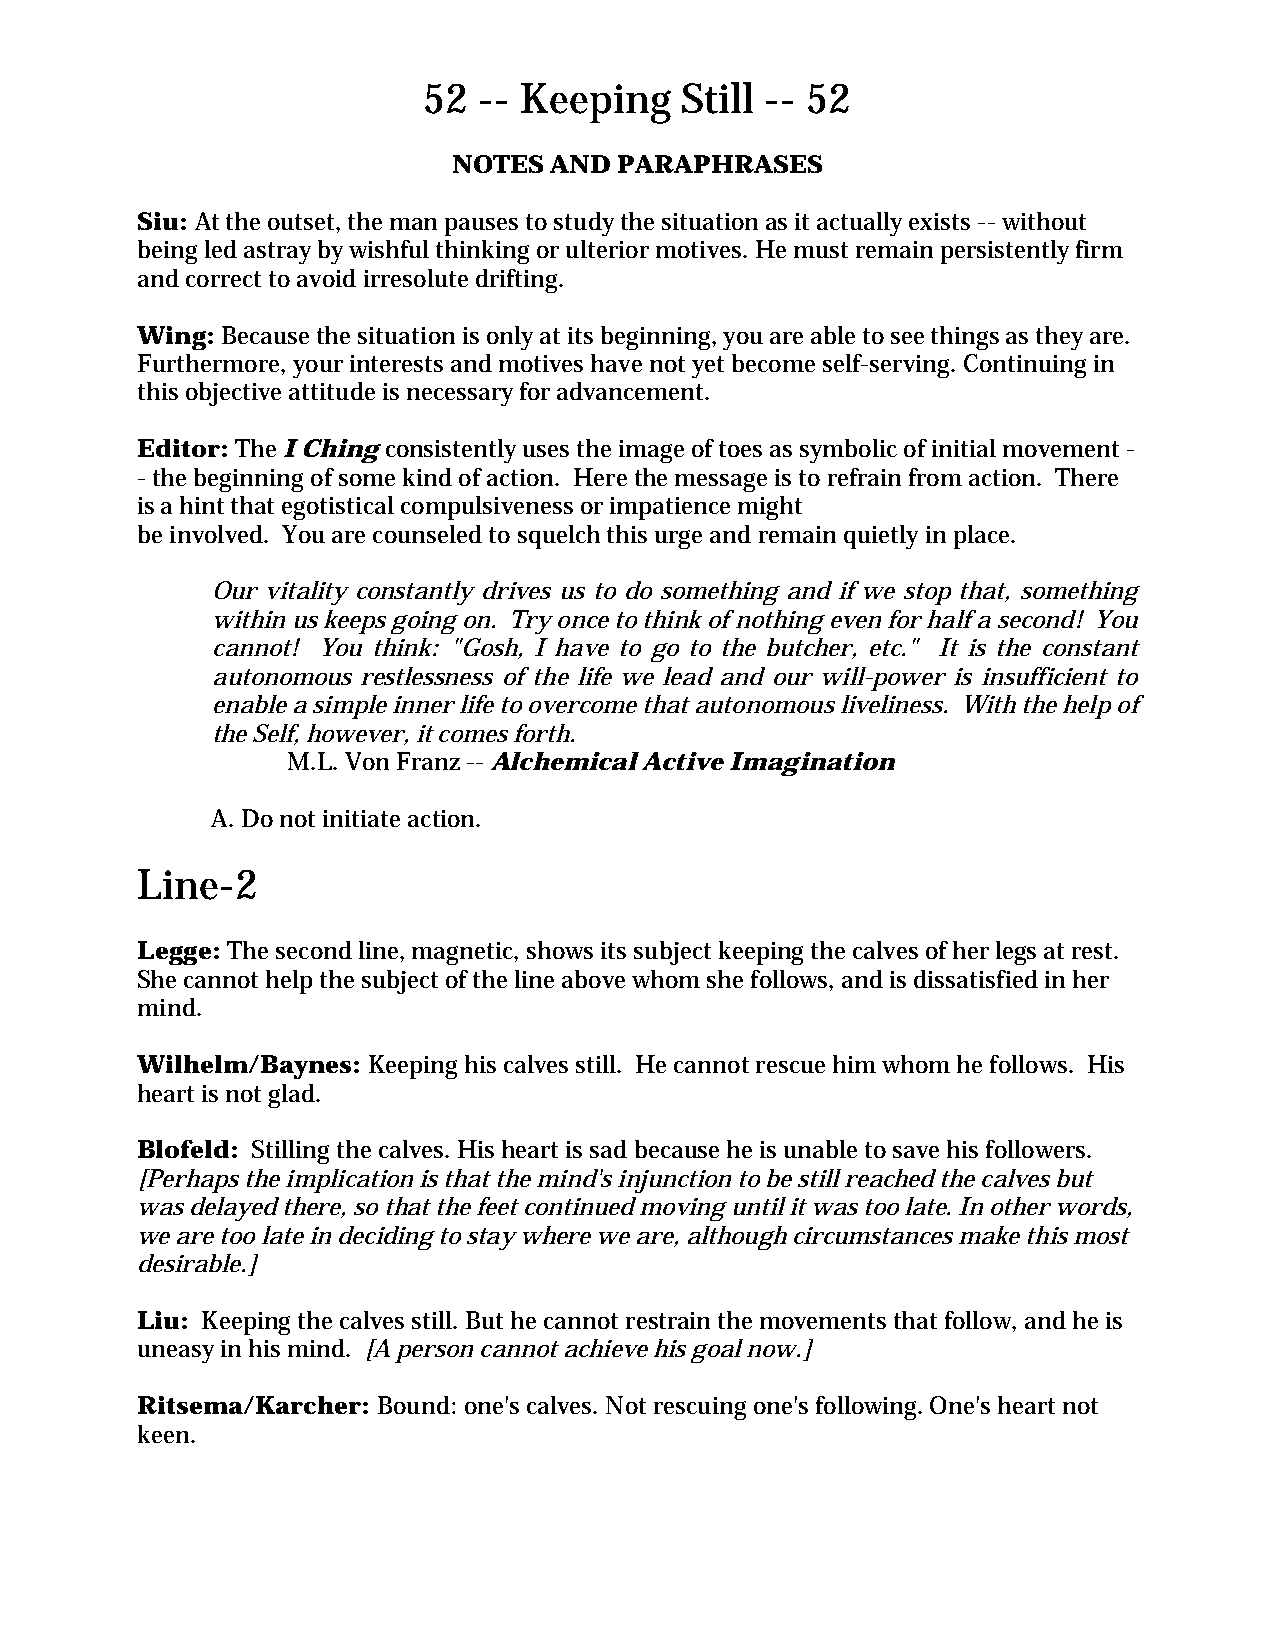
52  -- Keeping   Still -- 52
 NOTES AND  PARAPHRASES
 Siu: At the outset, the man pauses to study the situation as it actually exists -- without
 being led astray by wishful thinking or ulterior motives. He must remain persistently firm
 and correct to avoid irresolute drifting.
 Wing: Because the situation is only at its beginning, you are able to see things as they are.
 Furthermore, your interests and motives have not yet become self-serving. Continuing in
 this objective attitude is necessary for advancement.
 Editor: The I Ching consistently uses the image of toes as symbolic of initial movement -
 - the beginning of some kind of action. Here the message is to refrain from action. There
 is a hint that egotistical compulsiveness or impatience might
 be involved. You are counseled to squelch this urge and remain quietly in place.
 Our vitality constantly drives us to do something and if we stop that, something
 within us keeps going on. Try once to think of nothing even for half a second! You
 cannot! You think: "Gosh, I have to go to the butcher, etc." It is the constant
 autonomous restlessness of the life we lead and our will-power is insufficient to
 enable a simple inner life to overcome that autonomous liveliness. With the help of
 the Self, however, it comes forth.
 M.L. Von Franz -- Alchemical Active Imagination
 A. Do not initiate action.
 Line-2
 Legge: The second line, magnetic, shows its subject keeping the calves of her legs at rest.
 She cannot help the subject of the line above whom she follows, and is dissatisfied in her
 mind.
 Wilhelm/Baynes: Keeping his calves still. He cannot rescue him whom he follows. His
 heart is not glad.
 Blofeld: Stilling the calves. His heart is sad because he is unable to save his followers.
 [Perhaps the implication is that the mind's injunction to be still reached the calves but
 was delayed there, so that the feet continued moving until it was too late. In other words,
 we are too late in deciding to stay where we are, although circumstances make this most
 desirable.]
 Liu: Keeping the calves still. But he cannot restrain the movements that follow, and he is
 uneasy in his mind. [A person cannot achieve his goal now.]
 Ritsema/Karcher: Bound: one's calves. Not rescuing one's following. One's heart not
 keen.